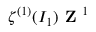
\zeta ^ { ( 1 ) } ( I _ { 1 } ) \textbf { Z } ^ { 1 }